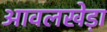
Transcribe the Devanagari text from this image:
आवलखेड़ा